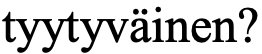
tyytyväinen?